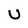
Character: U